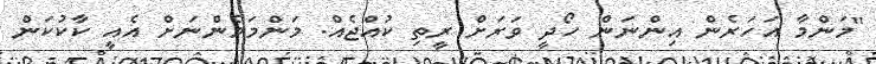
"މަންމާ އަހަރެން އިންނަން ހޯދީ ވަރަށް ރީތި ކުއްޖެއް. މަންމަމެންނަށް އެއީ ކާކުކަން